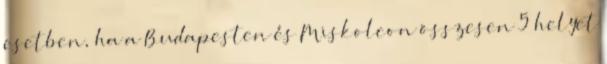
esetben, ha a Budapesten és Miskolcon összesen 5 helyet